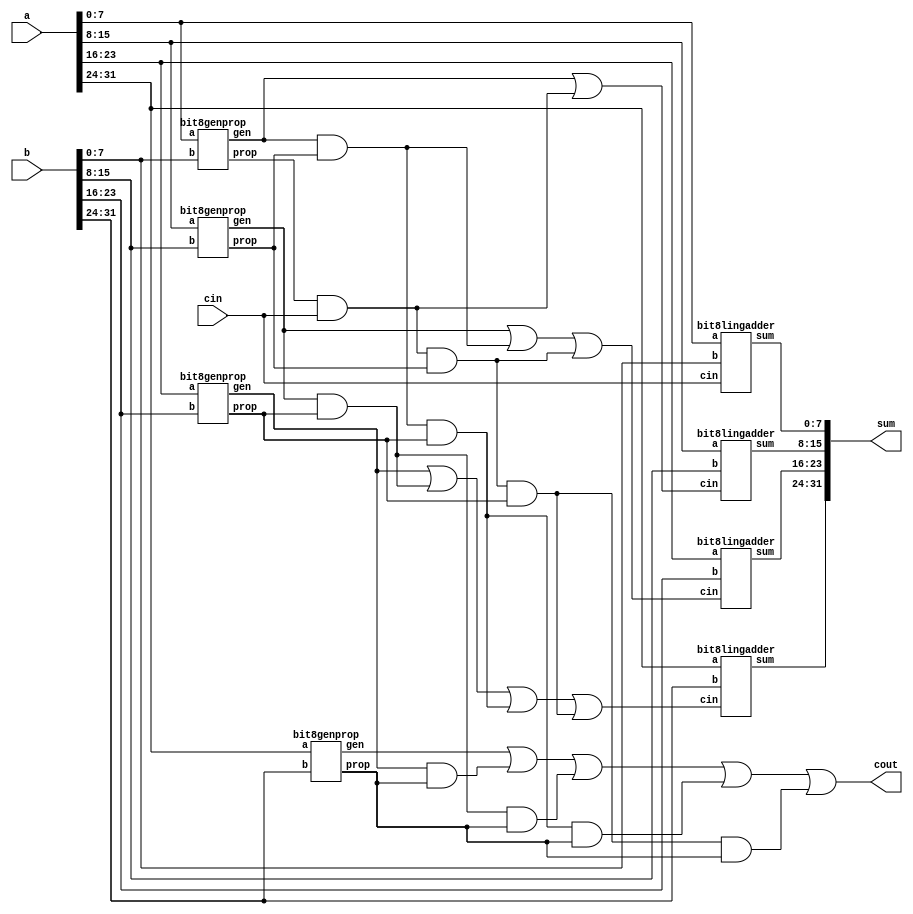
module bit32lingadder(a,b,cin,sum,cout);
input [31:0] a,b;
output [31:0] sum;
output cout;
input cin;
wire gen8,gen16, gen24, gen32,prop8,prop16,prop24,prop32;
bit8genprop b5(a[7:0],b[7:0],gen8,prop8);
bit8genprop b6(a[15:8],b[15:8],gen16,prop16);
bit8genprop b7(a[23:16],b[23:16],gen24,prop24);
bit8genprop b8(a[31:24],b[31:24],gen32,prop32);

wire c8,c16,c24,c32;

assign #4 c8= gen8| prop8&cin;
assign #6 c16=gen16 | (gen8&prop16)  | (cin&prop8&prop16);
assign #8 c24=gen24 | gen16&prop24 | gen8&prop16&prop24 | cin&prop8&prop16&prop24;
assign #10 c32=gen32 | (gen24&prop32) | (gen16&prop24&prop32) | (gen8&prop16&prop24&prop32) | (cin&prop8&prop16&prop24&prop32);
assign cout=c32;

    bit8lingadder b1(a[7:0], b[7:0],   cin,  sum[7:0]);
    bit8lingadder b2(a[15:8], b[15:8],  c8,   sum[15:8]);
    bit8lingadder b3(a[23:16], b[23:16], c16,  sum[23:16]);
    bit8lingadder b4(a[31:24], b[31:24], c24, sum[31:24]);


    
endmodule




module bit8lingadder( a,b,cin,sum);
input [7:0] a,b;
input cin;
wire extra1,extra2;
output [7:0] sum;

wire c1;
wire gen1,gen2,prop1,prop2;
genprop4bit g1 (a[3:0],b[3:0],gen1,prop1);
genprop4bit g2 (a[7:4],b[7:4],gen2,prop2);
assign c1= gen1 | (prop1 & cin);
ling4bit l1 (a[3:0],b[3:0],cin,extra1,sum[3:0]);
ling4bit l2 (a[7:4],b[7:4],c1,extra2,sum[7:4]);
endmodule


module bit8genprop( a,b,gen,prop);

    input[7:0] a,b;
    
    output gen,prop;
    wire gen1,gen2,prop1,prop2;
    genprop4bit h1 (a[3:0],b[3:0],gen1,prop1);
   genprop4bit h2 (a[7:4],b[7:4],gen2,prop2);
   assign gen=gen2 | (gen1& prop2);
   assign prop=prop1&prop2;
endmodule


module ling4bit(a, b, cin,cout,sum);
input[3:0] a,b;
output[3:0] sum;
output cout;
input cin;
wire [3:0] p;
wire [3:0] g;
wire [4:1] h;
assign g[3:0]=a[3:0] & b[3:0]; 
assign p[3:0]=a[3:0] | b[3:0]; 
assign h[1]=g[0] | (cin&p[0]);
assign h[2]=(g[1] | g[0] | (p[0]&cin));
assign h[3]=g[2] | g[1] | (g[0]&p[1]) | (p[0]&p[1]&cin);
assign h[4]=g[3] | g[2] | (g[1]&p[2]) | (g[0]&p[1]&p[2]) | (p[0]&p[1]&p[2]&cin);
assign cout=h[4] & p[3];
assign sum[0]=(p[0] ^ h[1]) | (cin & p[0] & g[0]); 
assign sum[3:1]=(p[3:1] ^ h[4:2]) | (h[3:1] & p[2:0] & g[3:1]);
endmodule


module genprop4bit( a,b,gen, prop);
input[3:0] a,b;
wire genling;
output gen,prop;
wire [3:0] g, p;
assign #2 p=a|b;
assign #2 g=a&b;
assign #4 prop= p[0]&p[1]&p[2]&p[3];
assign #7 genling= g[3]|(g[2])|(g[1]&p[2])|(g[0]&p[1]&p[2]);
assign gen= genling&p[3];
endmodule